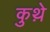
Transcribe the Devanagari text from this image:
कुथ़े